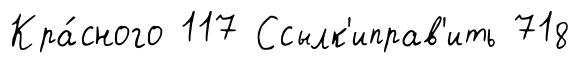
Кра́сного 117 Ссылк'иправ'ить 718